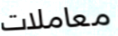
معاملات